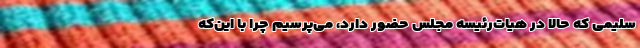
سلیمی که حالا در هیات‌رئیسه مجلس حضور دارد، می‌پرسیم چرا با این‌که